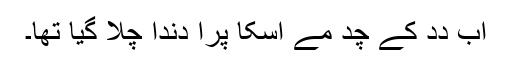
اَب دِدِ کے چُد مے اُسکا پُرا دندا چلا گیا تھا۔